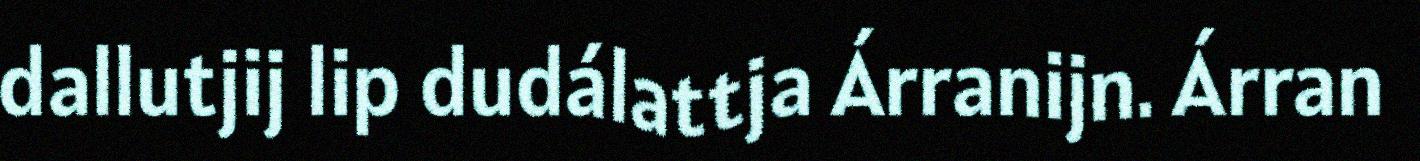
dallutjij lip dudálattja Árranijn. Árran